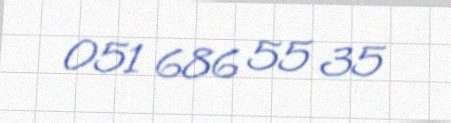
051 686 55 35